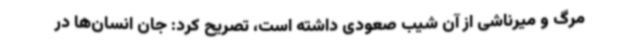
مرگ و میرناشی از آن شیب صعودی داشته است، تصریح کرد: جان انسان‌ها در